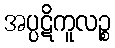
အပ္ပဋိကူလဉ္စ